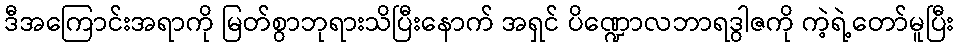
ဒီအကြောင်းအရာကို မြတ်စွာဘုရားသိပြီးနောက် အရှင် ပိဏ္ဍောလဘာရဒွါဇကို ကဲ့ရဲ့တော်မူပြီး